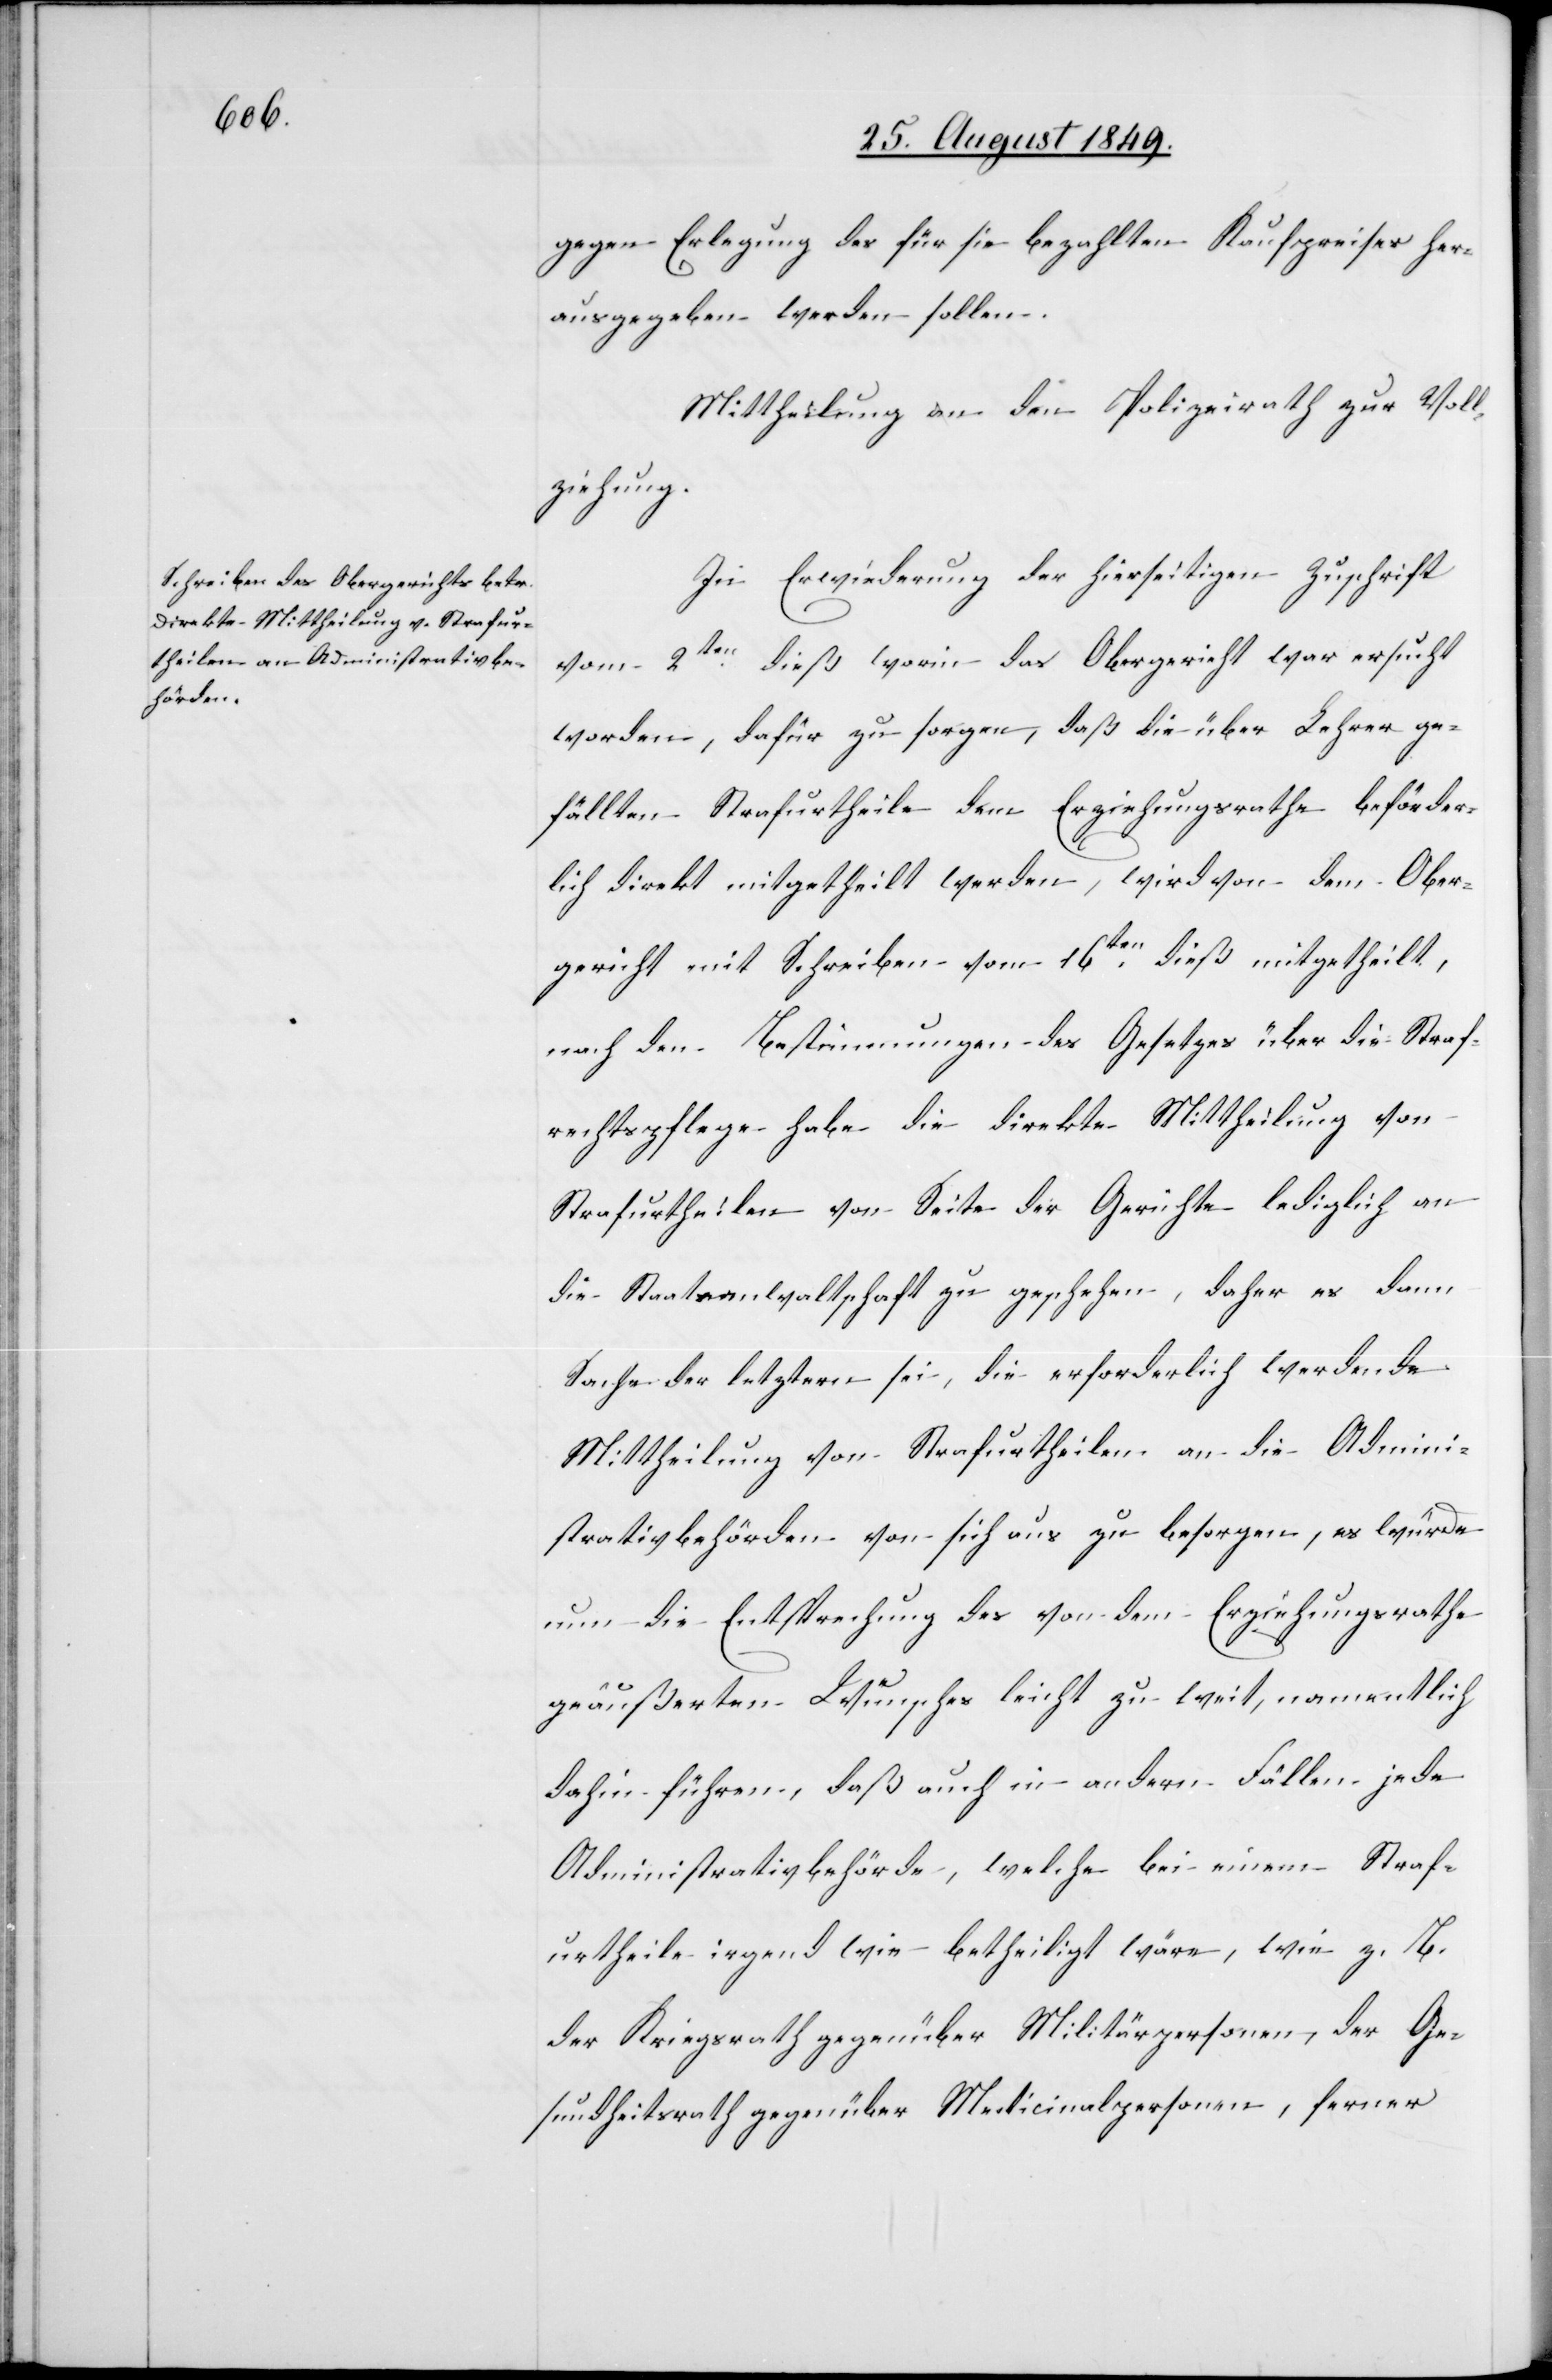
gegen Erlegung des für sie bezahlten Kaufpreises her¬
ausgegeben werden sollen.
Mittheilung an den Polizeirath zur Voll¬
ziehung.
In Erwiederung der hierseitigen Zuschrift
2ten dieß worin das Obergericht war ersucht
vom
worden, dafür zu sorgen, daß die über Lehrer ge¬
fällten Strafurtheile dem Erziehungsrathe beförder¬
lich direkt mitgetheilt werden, wird von dem Ober¬
gericht mit Schreiben vom 16ten dieß mitgetheilt,
nach den Bestimmungen des Gesetzes über die Straf¬
rechtspflege habe die direkte Mittheilung von
Strafurtheilen von Seite der Gerichte lediglich an
die Staatsanwaltschaft zu geschehen, daher es dann
Sache der letztern sei, die erforderlich werdende
Mittheilung von Strafurtheilen an die Admini¬
strativbehörden von sich aus zu besorgen, es würde
um die Entsprechung des von dem Erziehungsrathe
geäußerten Wunsches leicht zu weit, namentlich
dahin führen, daß auch in andern Fällen jede
Administrativbehörde, welche bei einem Straf¬
urtheile irgend wie betheiligt wäre, wie z. B.
der Kriegsrath gegenüber Militärpersonen, der Ge¬
sundheitsrath gegenüber Medicinalpersonen, ferner